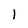
Character: l